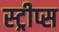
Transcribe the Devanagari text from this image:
स्ट्रीप्स